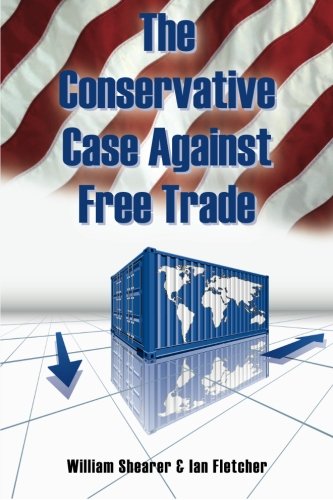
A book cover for The Conservative Case Against Free Trade; William Shearer; Business & Money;